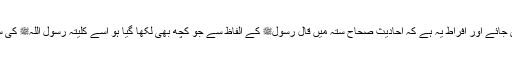
میرے خیال میں تفریط تو یہ ہے کہ ذخیرہ حدیث کو تاریخی روایات کی حیثیت دی جائے اور افراط یہ ہے کہ احادیث صحاح ستہ میں قال رسولﷺ کے الفاظ سے جو کچھ بھی لکھا گیا ہو اسے کلیتہً رسول اللہﷺ کی سچی حدیث سمجھ لیا جائے اور اس پر دین و اعتقاد کی عمارت کھڑی کرلی جائے۔